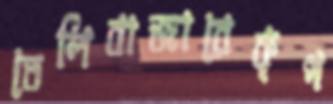
তেলিবাজারেকৃপ